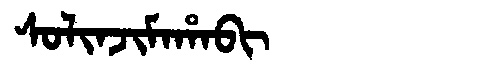
Manchu: ᠰᠣᠯᡳᠨᠵᡳᠮᠠᡥᠠᠪᡳ
Romanization: SOLINJIMAHABI